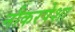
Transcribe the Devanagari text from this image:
नौकरपेशा